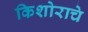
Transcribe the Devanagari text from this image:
किशोराचे